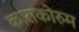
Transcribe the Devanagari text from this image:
काराकोरुम